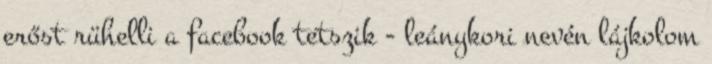
erőst rühelli a facebook tetszik - leánykori nevén lájkolom